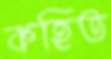
কহিত